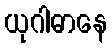
ယုဂါဓာနေ